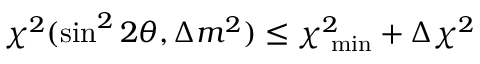
\chi ^ { 2 } ( \sin ^ { 2 } 2 \theta , \Delta m ^ { 2 } ) \leq \chi _ { \mathrm { \scriptsize ~ m i n } } ^ { 2 } + \Delta \chi ^ { 2 }